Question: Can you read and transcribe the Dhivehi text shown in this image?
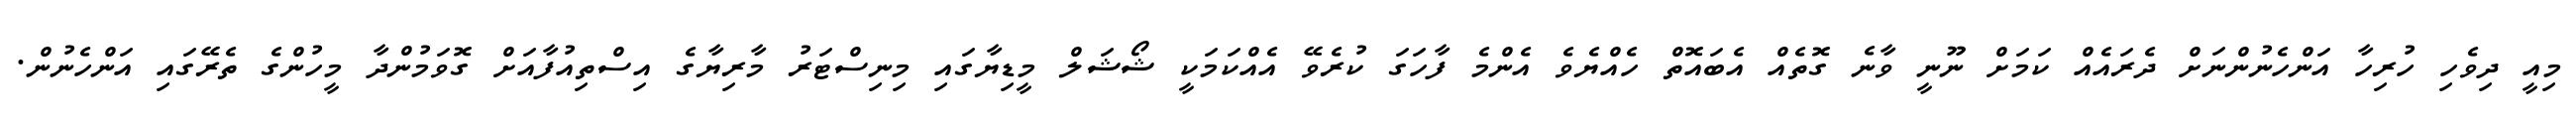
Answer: މިއީ ދިވެހި ހުރިހާ އަންހެނުންނަށް ދެރައެއް ކަމަށް ނޫނީ ވާނެ ގޮތެއް އެބައޮތް ހެއްޔެވެ އެންމެ ފާހަގަ ކުރެވޭ އެއްކަމަކީ ޝޯޝަލް މީޑިޔާގައި މިނިސްޓަރު މާރިޔާގެ އިސްތިއުފާއަށް ގޮވަމުންދާ މީހުންގެ ތެރޭގައި އަންހެނުން.